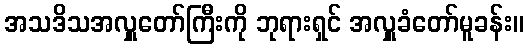
အသဒိသအလှူတော်ကြီးကို ဘုရားရှင် အလှူခံတော်မူခန်း။